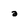
Character: a